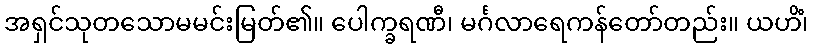
အရှင်သုတသောမမင်းမြတ်၏။ ပေါက္ခရဏီ၊ မင်္ဂလာရေကန်တော်တည်း။ ယဟိံ၊